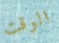
الوقت